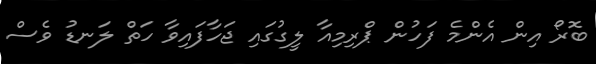
ބޮރޯ އިން އެންމެ ފަހުން ޕްރިމިއާ ލީގުގައި ޖަހާފައިވާ ހަތް ލަނޑު ވެސް